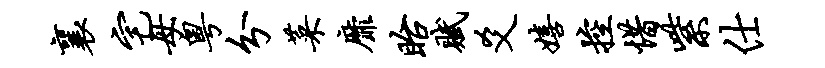
襄宅母粤分菜靡眙赋爻嬉控惜紫仕